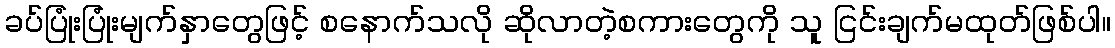
ခပ်ပြုံးပြုံးမျက်နှာတွေဖြင့် စနောက်သလို ဆိုလာတဲ့စကားတွေကို သူ ငြင်းချက်မထုတ်ဖြစ်ပါ။